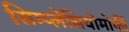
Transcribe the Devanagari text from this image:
सिम्प्लेसियोमोर्फी